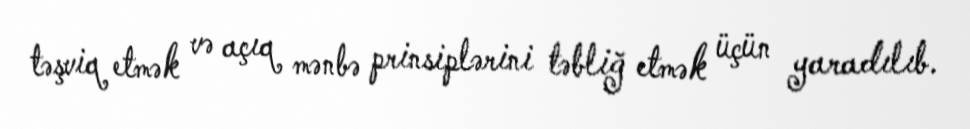
təşviq etmək və açıq mənbə prinsiplərini təbliğ etmək üçün yaradılıb.